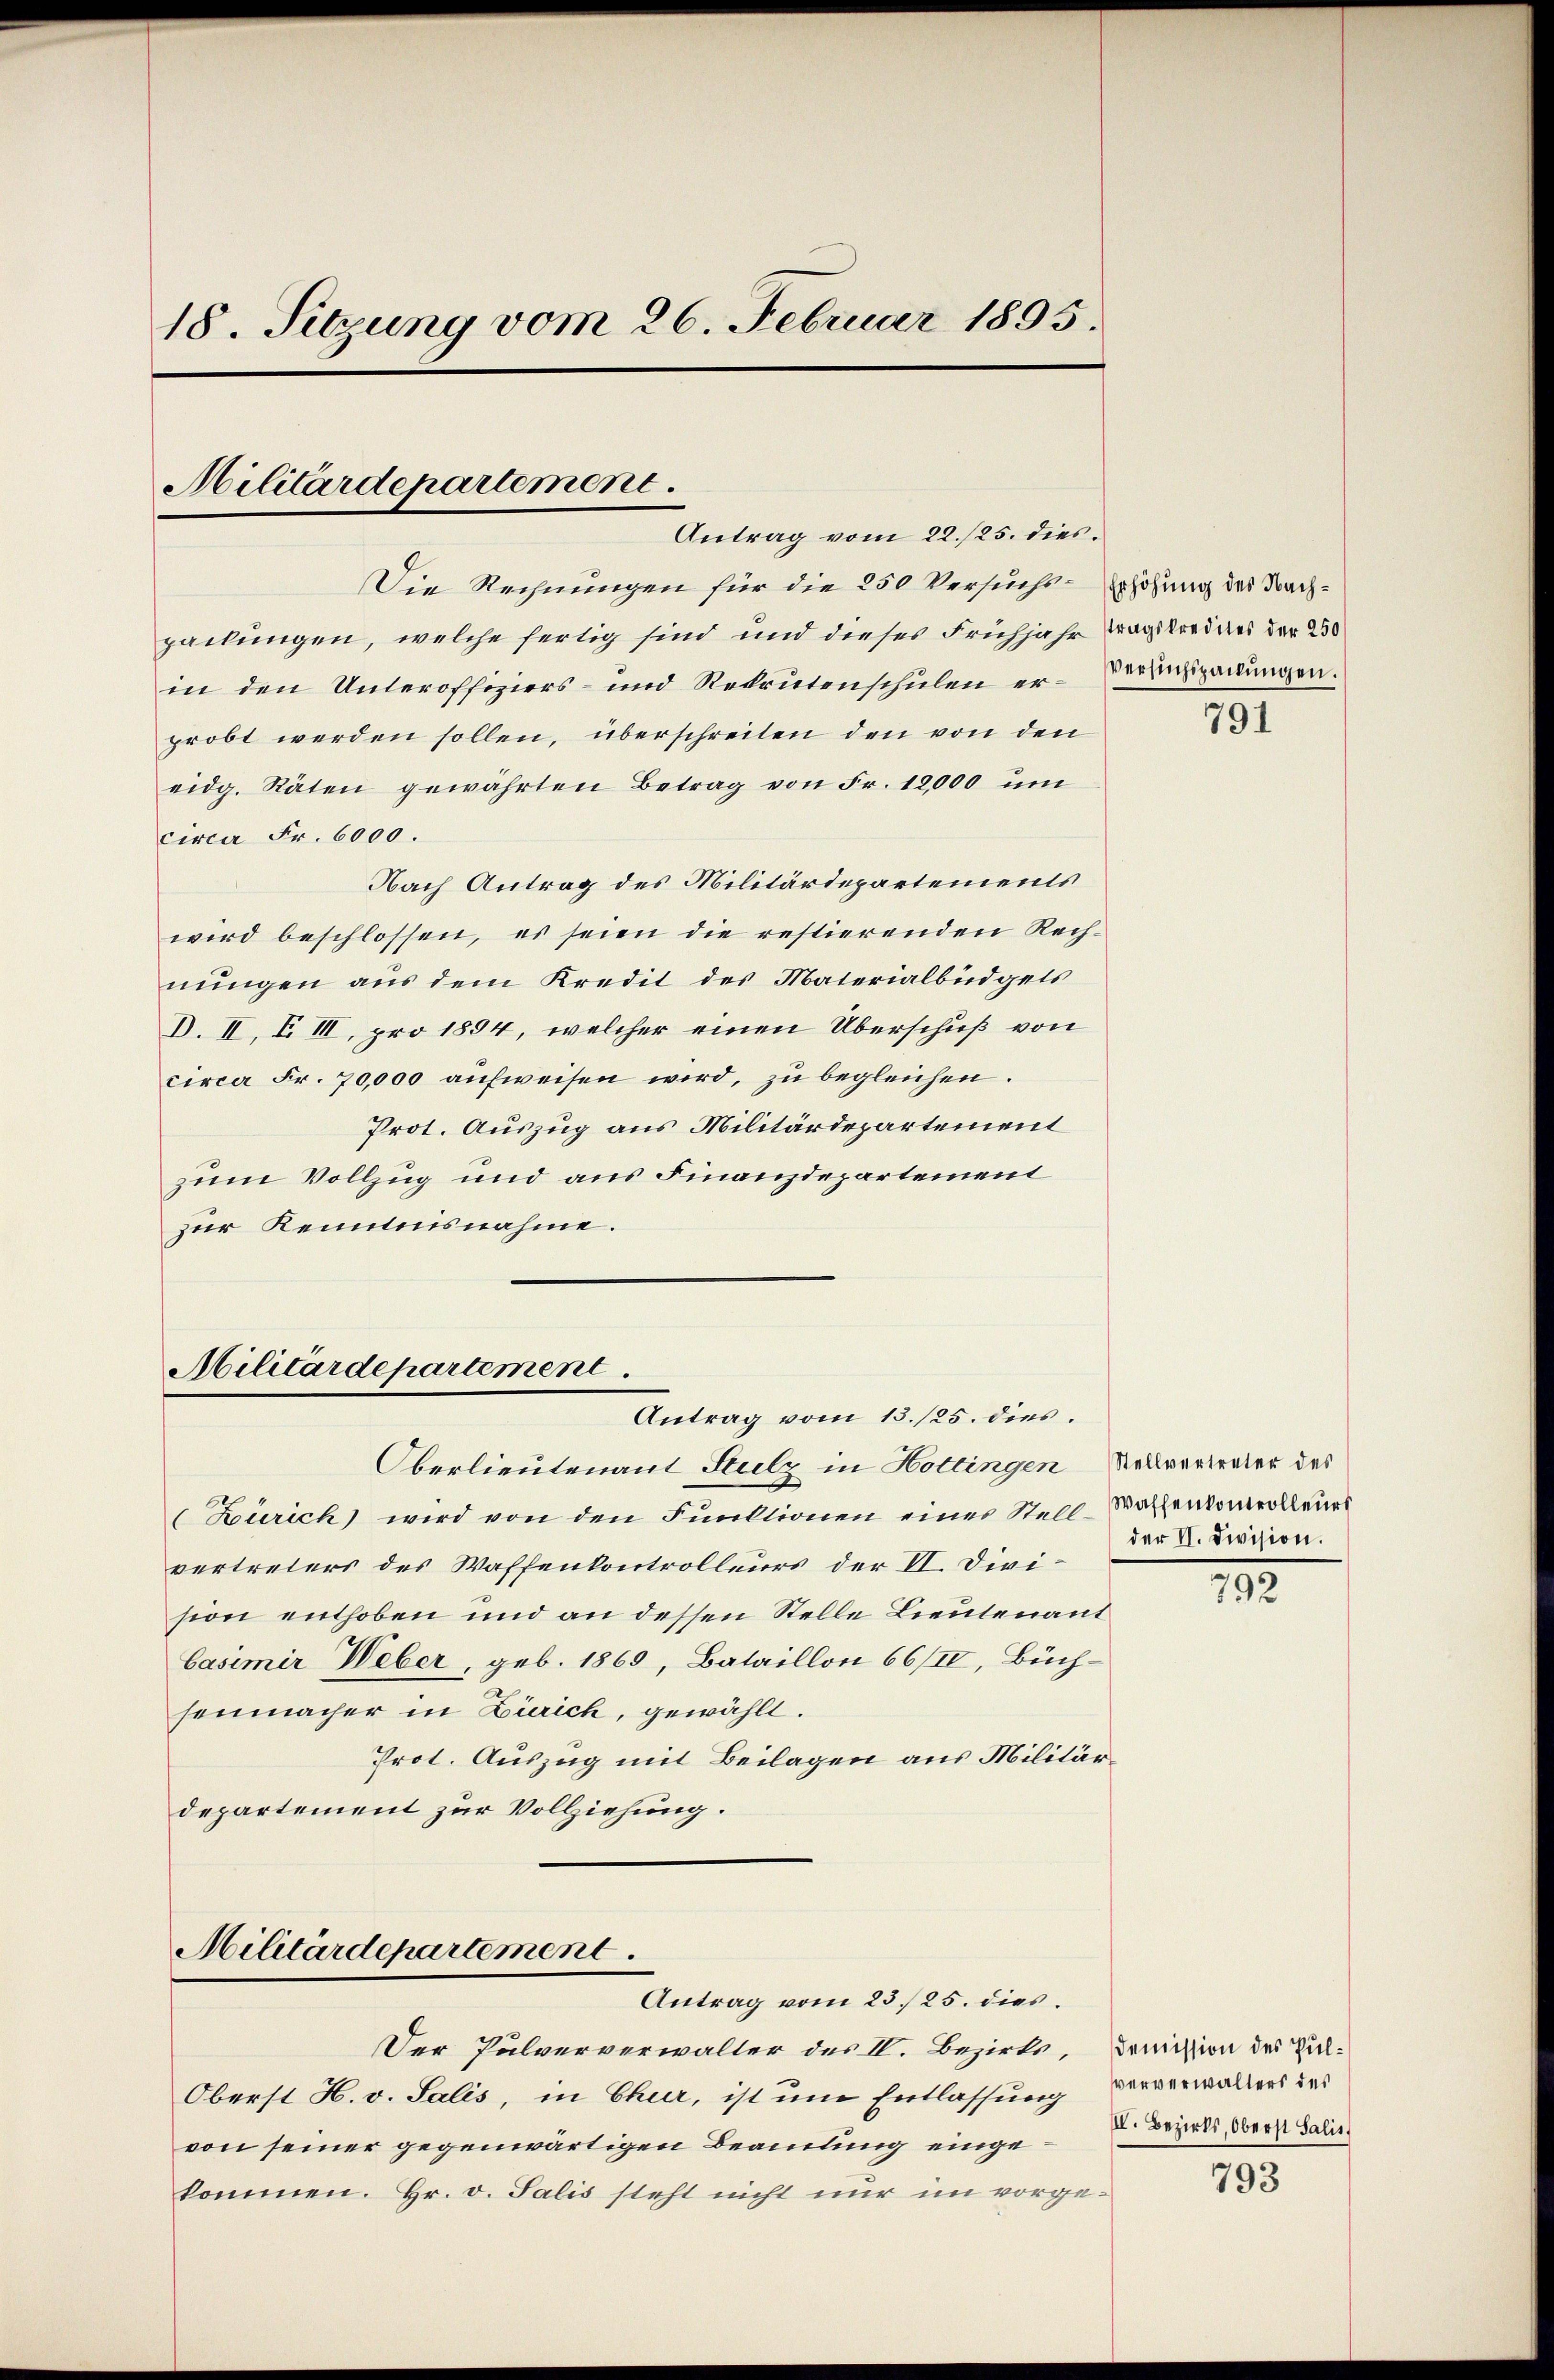
18. Sitzung vom 26. Februar 1895.
Militärdepartement
Antrag vom 22./25. dies.

packungen, welche fertig sind und dieses Frühjahr tragstrednes der 230
in den Unteroffiziers- und Rekrutenschulen er-Veranspackungen.
probt werden sollen, überschreiten den von den
eidg. Räten gewährten Betrag von Fr. 12,000 um
circa Fr. 6000.
Nach Antrag des Militärdepartements
wird beschlossen, es seien die restierenden Rech-
nungen aus dem Kredit des Materialbüdgets
D. II, Z III, pro 1894, welcher einen Überschuß von
circa Fr. 70,000 aufweisen wird, zu begleichen.
Prot. Auszug aus Militärdepartement
zum Vollzug und aus Finanzdepartement
zur Kenntnisnahme.

Militärdepartement
Antrag vom 13./25. dies

Militärdepartement

Die Rechnungen für die 250 Versuchs-Erhöhung des Nach¬

Oberlieutenant Stutz in Hottingen Rellvertreter des
(Zürich) wird von den Fuuktionen einer Stell-Wachenkomvolleurs
vertreters des Waffenkontrolleurs der VI. Division enthoben und an dessen Stelle Lieutenant
Casimir Weber, geb. 1869, Bataillon 66/IV, Büchsenmacher in Zürich, gewählt.
Prot. Auszug mit Beilagen aus Militärdepartement zur Vollziehung.

Antrag vom 23. 25. dies
Der Pulververwalter des II. Bezirks, domission des Pul¬
Oberst H. v. Salis, in Chur, ist um Entlassung ververwalters das
von seiner gegenwärtigen Beamtung eingekommen. Hr. v. Salis steht nicht nur im vorge¬

791

der II. Division.

792

V. Bezirks, Oberst Salis,

793